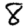
Digit: 8